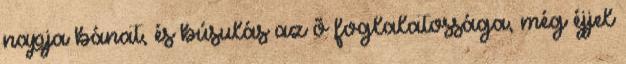
napja bánat, és búsulás az õ foglalatossága, még éjjel